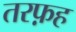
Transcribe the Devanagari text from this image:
तरफ़ह